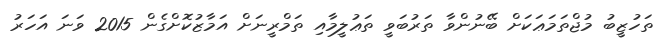
ތަހުޒީބު މުޖްތަމަޢަކަށް ބޭނުންވާ ތަރުބަވީ ތަޢުލީމާއި ތަމްރީނަށް އަމާޒުކޮށްގެން 2015 ވަނަ އަހަރު